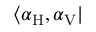
\langle \alpha _ { \mathrm { H } } , \alpha _ { \mathrm { V } } |